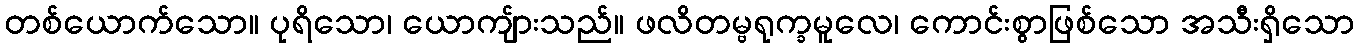
တစ်ယောက်သော။ ပုရိသော၊ ယောကျ်ားသည်။ ဖလိတမ္ဗရုက္ခမူလေ၊ ကောင်းစွာဖြစ်သော အသီးရှိသော